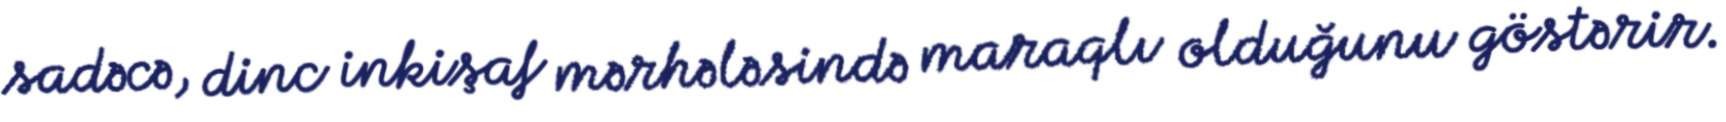
sadəcə, dinc inkişaf mərhələsində maraqlı olduğunu göstərir.